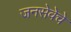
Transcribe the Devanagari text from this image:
जनसेवेचे